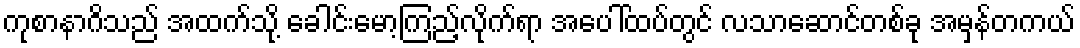
ကုစာနာဂိသည် အထက်သို့ ခေါင်းမော့ကြည့်လိုက်ရာ အပေါ်ထပ်တွင် လသာဆောင်တစ်ခု အမှန်တကယ်